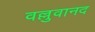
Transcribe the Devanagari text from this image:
वल्लुवानद